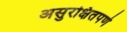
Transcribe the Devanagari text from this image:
असुरक्षितपणे